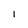
Character: I